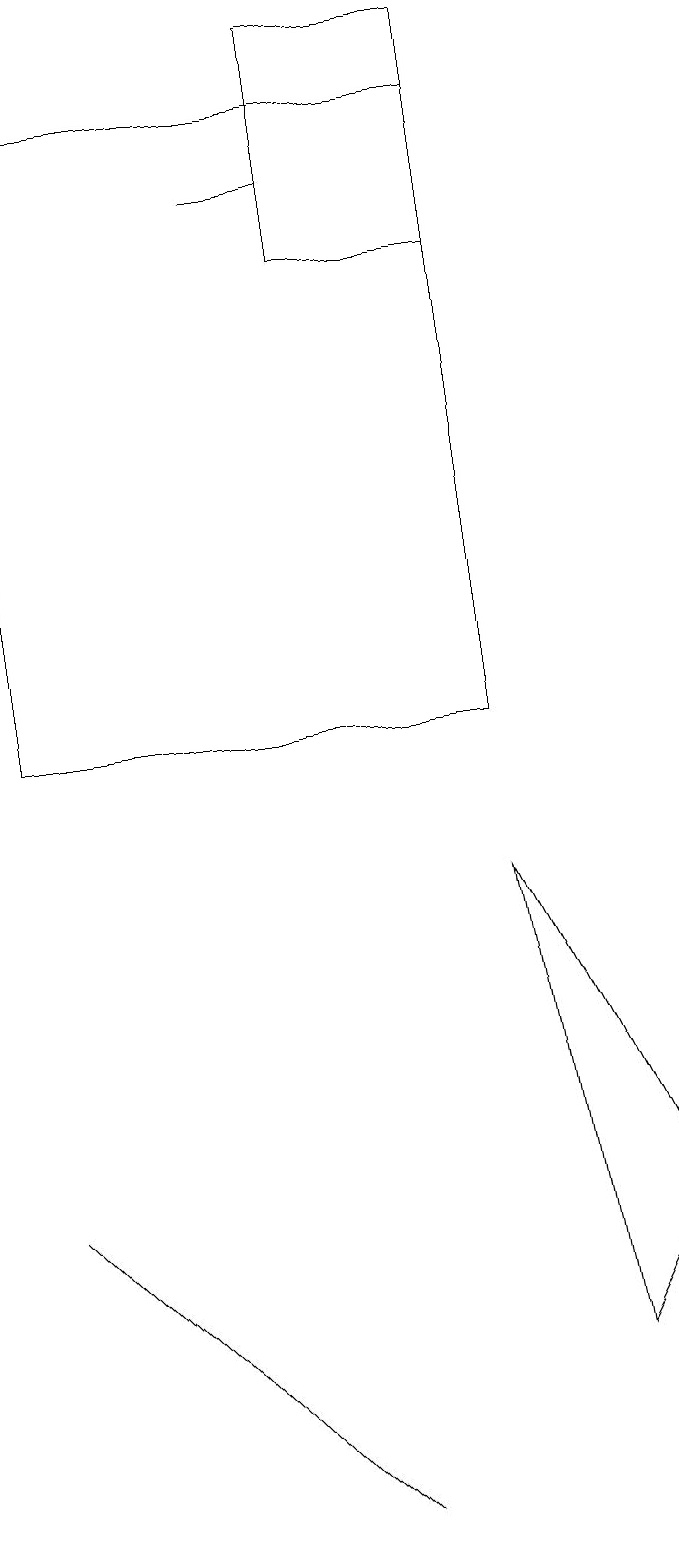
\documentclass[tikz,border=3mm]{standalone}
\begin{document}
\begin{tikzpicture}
\draw (9,4) -- (8,2) -- (7,8) -- cycle;
\draw (5,17) rectangle (4,17);
\draw (7,16) rectangle (5,19);
\draw (3,2) -- (1,4) -- (5,0) -- cycle;
\draw (7,10) rectangle (1,18);
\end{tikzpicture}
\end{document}